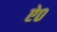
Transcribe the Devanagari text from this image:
ऐ०